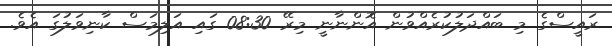
ރައީސްގެ މި ބައްދަލުކުރެއްވުން އޮންނާނީ މިރޭ 08:30 ގައި އަލިމަސް ކާނިވަލުގަ އެވެ.